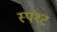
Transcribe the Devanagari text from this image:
स्पश्‍ट